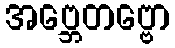
အဗ္ဘေတဗ္ဗော